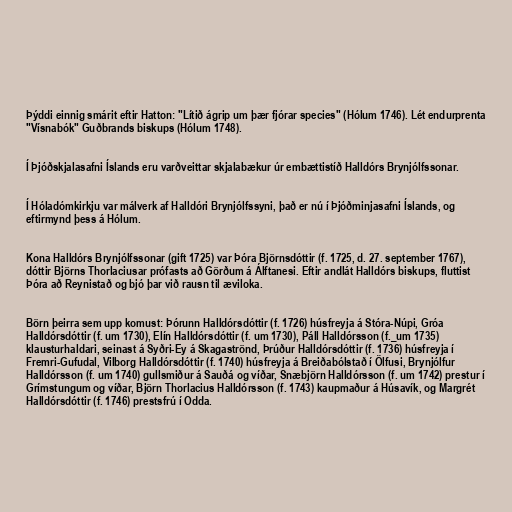
Þýddi einnig smárit eftir Hatton: "Lítið ágrip um þær fjórar species" (Hólum 1746). Lét endurprenta
"Vísnabók" Guðbrands biskups (Hólum 1748).

Í Þjóðskjalasafni Íslands eru varðveittar skjalabækur úr embættistíð Halldórs Brynjólfssonar.

Í Hóladómkirkju var málverk af Halldóri Brynjólfssyni, það er nú í Þjóðminjasafni Íslands, og
eftirmynd þess á Hólum.

Kona Halldórs Brynjólfssonar (gift 1725) var Þóra Björnsdóttir (f. 1725, d. 27. september 1767),
dóttir Björns Thorlaciusar prófasts að Görðum á Álftanesi. Eftir andlát Halldórs biskups, fluttist
Þóra að Reynistað og bjó þar við rausn til æviloka.

Börn þeirra sem upp komust: Þórunn Halldórsdóttir (f. 1726) húsfreyja á Stóra-Núpi, Gróa
Halldórsdóttir (f. um 1730), Elín Halldórsdóttir (f. um 1730), Páll Halldórsson (f._um 1735)
klausturhaldari, seinast á Syðri-Ey á Skagaströnd, Þrúður Halldórsdóttir (f. 1736) húsfreyja í
Fremri-Gufudal, Vilborg Halldórsdóttir (f. 1740) húsfreyja á Breiðabólstað í Ölfusi, Brynjólfur
Halldórsson (f. um 1740) gullsmiður á Sauðá og víðar, Snæbjörn Halldórsson (f. um 1742) prestur í
Grímstungum og víðar, Björn Thorlacius Halldórsson (f. 1743) kaupmaður á Húsavík, og Margrét
Halldórsdóttir (f. 1746) prestsfrú í Odda.